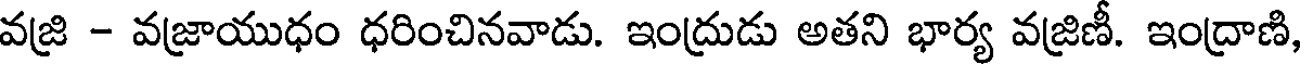
వజ్రి - వజ్రాయుధం ధరించినవాడు. ఇంద్రుడు అతని భార్య వజ్రిణీ. ఇంద్రాణి,